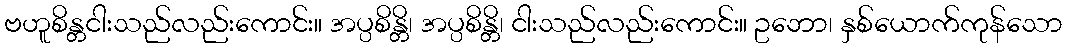
ဗဟူစိန္တငါးသည်လည်းကောင်း။ အပ္ပစိန္တိ၊ အပ္ပစိန္တိ၊ ငါးသည်လည်းကောင်း။ ဥဘော၊ နှစ်ယောက်ကုန်သော